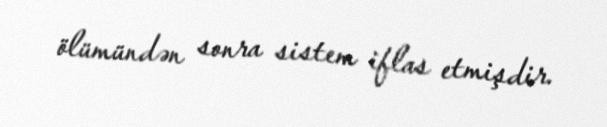
ölümündən sonra sistem iflas etmişdir.